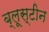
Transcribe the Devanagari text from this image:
ब्लूस्टीन